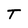
Character: T